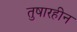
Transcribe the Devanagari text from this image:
तुषारहीन